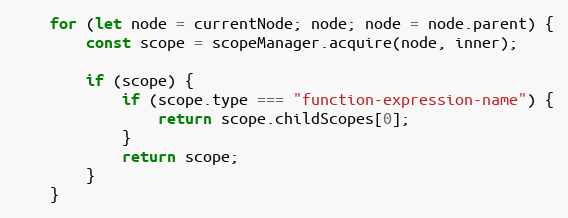
Language: JavaScript
    for (let node = currentNode; node; node = node.parent) {
        const scope = scopeManager.acquire(node, inner);

        if (scope) {
            if (scope.type === "function-expression-name") {
                return scope.childScopes[0];
            }
            return scope;
        }
    }